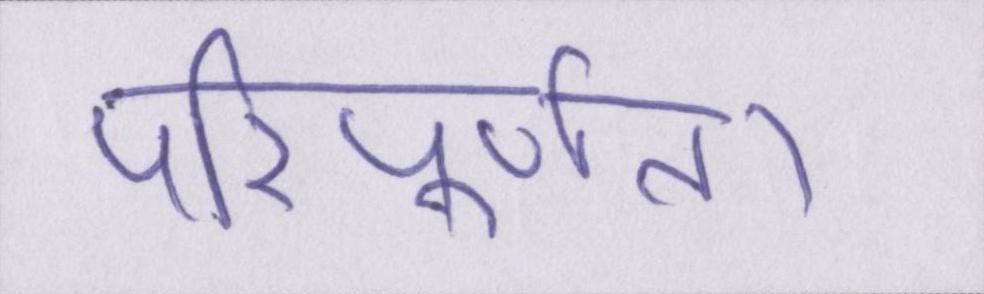
परिपूर्णता